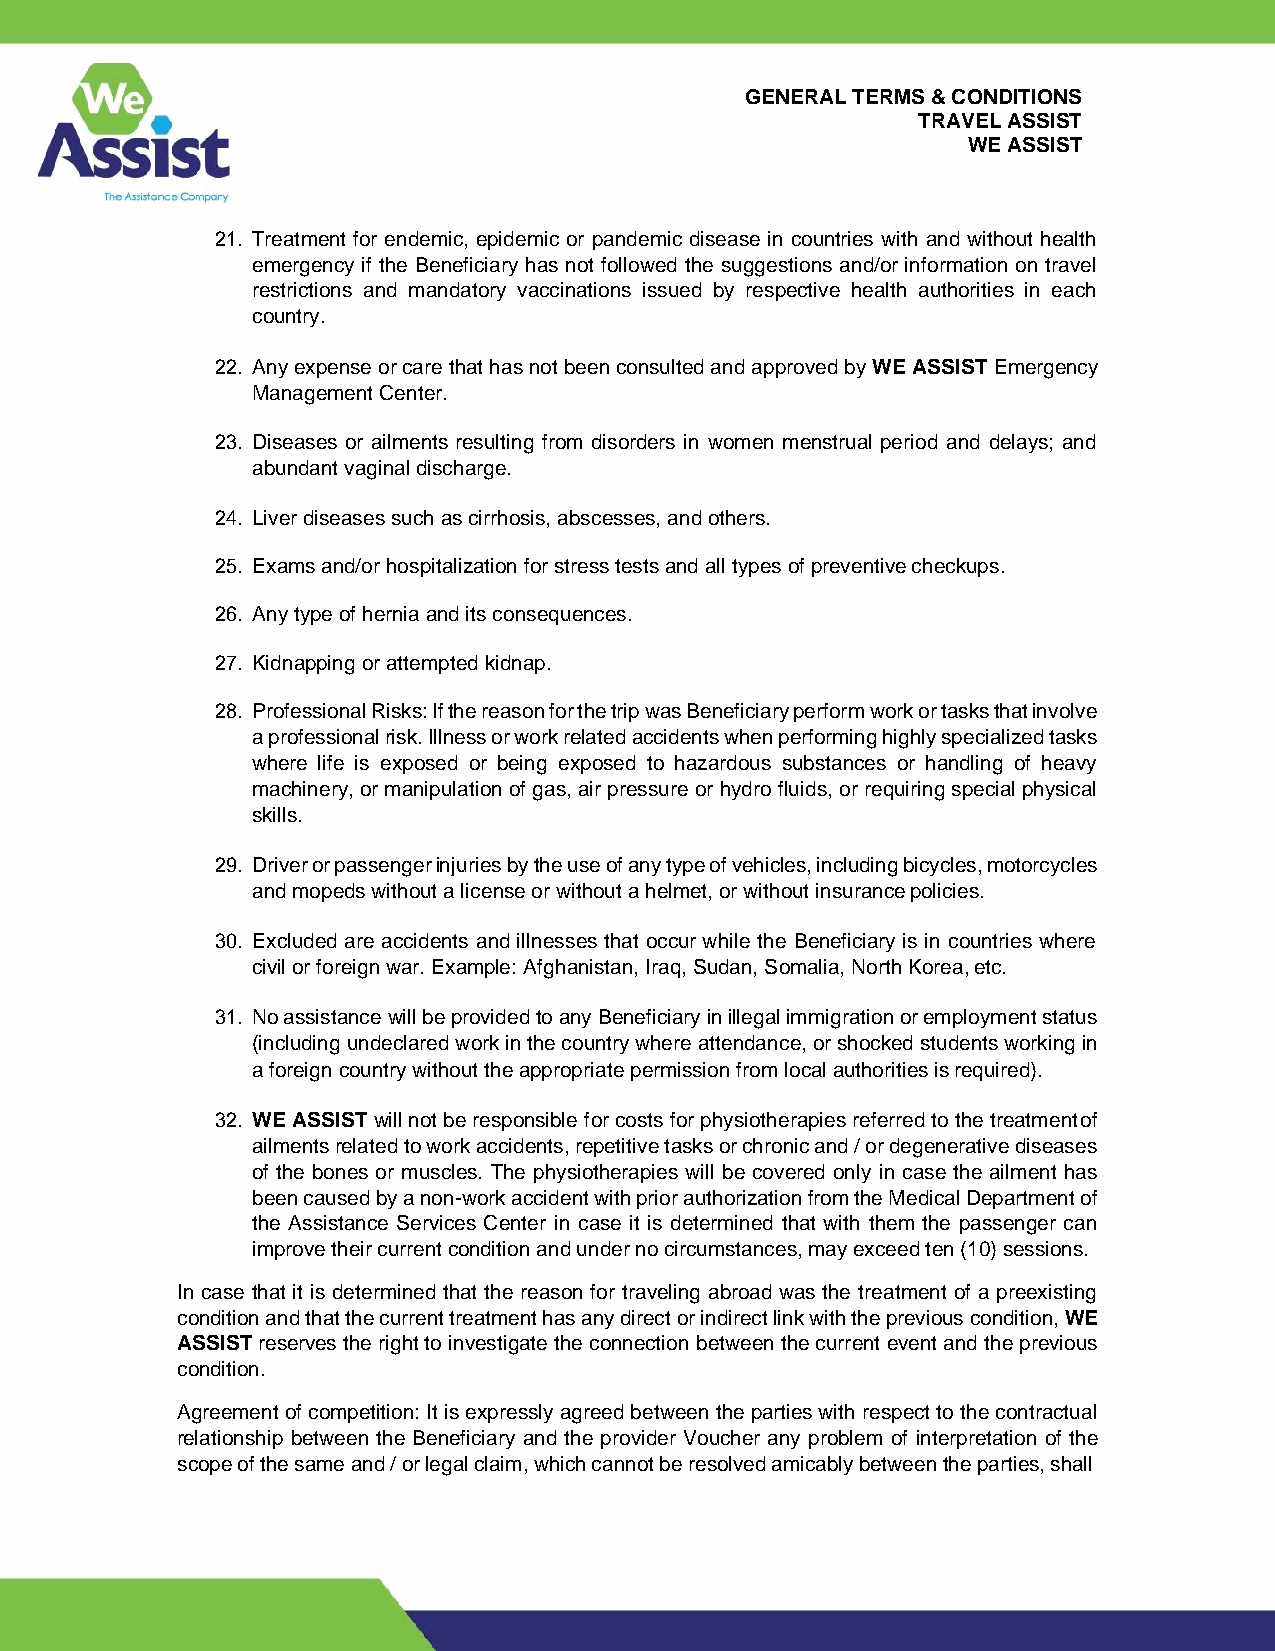
GENERAL TERMS & CONDITIONS
 TRAVEL ASSIST
 WE ASSIST
 21. Treatment for endemic, epidemic or pandemic disease in countries with and without health
 emergency if the Beneficiary has not followed the suggestions and/or information on travel
 restrictions and mandatory vaccinations issued by respective health authorities in each
 country.
 22. Any expense or care that has not been consulted and approved by WE ASSIST Emergency
 Management Center.
 23. Diseases or ailments resulting from disorders in women menstrual period and delays; and
 abundant vaginal discharge.
 24. Liver diseases such as cirrhosis, abscesses, and others.
 25. Exams and/or hospitalization for stress tests and all types of preventive checkups.
 26. Any type of hernia and its consequences.
 27. Kidnapping or attempted kidnap.
 28. Professional Risks: If the reason for the trip was Beneficiary perform work or tasks that involve
 a professional risk. Illness or work related accidents when performing highly specialized tasks
 where life is exposed or being exposed to hazardous substances or handling of heavy
 machinery, or manipulation of gas, air pressure or hydro fluids, or requiring special physical
 skills.
 29. Driver or passenger injuries by the use of any type of vehicles, including bicycles, motorcycles
 and mopeds without a license or without a helmet, or without insurance policies.
 30. Excluded are accidents and illnesses that occur while the Beneficiary is in countries where
 civil or foreign war. Example: Afghanistan, Iraq, Sudan, Somalia, North Korea, etc.
 31. No assistance will be provided to any Beneficiary in illegal immigration or employment status
 (including undeclared work in the country where attendance, or shocked students working in
 a foreign country without the appropriate permission from local authorities is required).
 32. WE ASSIST will not be responsible for costs for physiotherapies referred to the treatment of
 ailments related to work accidents, repetitive tasks or chronic and / or degenerative diseases
 of the bones or muscles. The physiotherapies will be covered only in case the ailment has
 been caused by a non-work accident with prior authorization from the Medical Department of
 the Assistance Services Center in case it is determined that with them the passenger can
 improve their current condition and under no circumstances, may exceed ten (10) sessions.
 In case that it is determined that the reason for traveling abroad was the treatment of a preexisting
 condition and that the current treatment has any direct or indirect link with the previous condition, WE
 ASSIST reserves the right to investigate the connection between the current event and the previous
 condition.
 Agreement of competition: It is expressly agreed between the parties with respect to the contractual
 relationship between the Beneficiary and the provider Voucher any problem of interpretation of the
 scope of the same and / or legal claim, which cannot be resolved amicably between the parties, shall